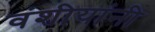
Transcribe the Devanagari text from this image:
वंशीयांनी